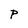
Character: P